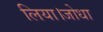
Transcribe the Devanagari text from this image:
लिया।जोधा